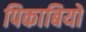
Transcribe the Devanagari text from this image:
पिकाबियो